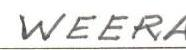
WEERA